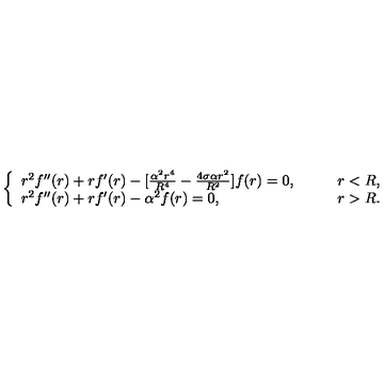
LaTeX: \left\{ \begin{array} { l l } { r ^ { 2 } f ^ { \prime \prime } ( r ) + r f ^ { \prime } ( r ) - [ \frac { \alpha ^ { 2 } r ^ { 4 } } { R ^ { 4 } } - \frac { 4 \sigma \alpha r ^ { 2 } } { R ^ { 2 } } ] f ( r ) = 0 , } & { \qquad r < R , } \\ { r ^ { 2 } f ^ { \prime \prime } ( r ) + r f ^ { \prime } ( r ) - \alpha ^ { 2 } f ( r ) = 0 , } & { \qquad r > R . } \\ \end{array} \right.